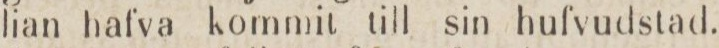
lian hafva kommit till sin hufvudstad.